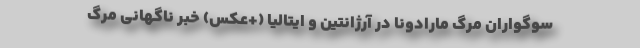
سوگواران مرگ مارادونا در آرژانتین و ایتالیا (+عکس) خبر ناگهانی مرگ